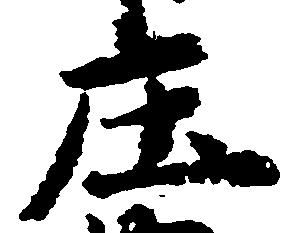
庄